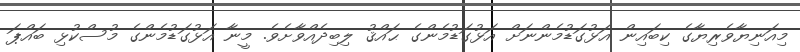
މިއަނިޔާވެރިޔާގެ ކިބައިން އަޅުގަޑުމެންނަށް އަޅުގަޑުމެންގެ ޙައްޤު ލިބިދެއްވާށެވެ. މީނާ އަޅުގަޑުމެންގެ މުސްކުޅި ބައްޕަ